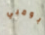
بومبي